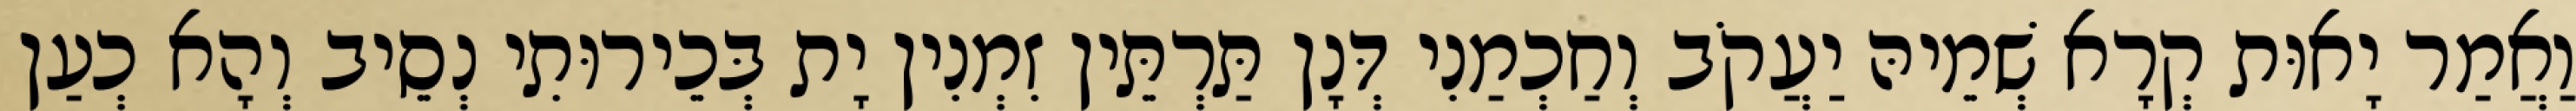
וַאֲמַר יָאוּת קְרָא שְׁמֵיהּ יַעֲקֹב וְחַכְמַנִי דְּנָן תַּרְתֵּין זִמְנִין יָת בְּכֵירוּתִי נְסֵיב וְהָא כְעַן